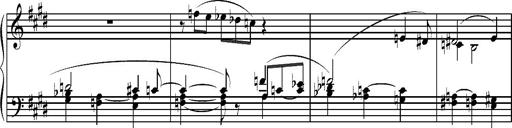
Title: Pilgerchor aus TannhÃ¤user
Composer: Franz Liszt